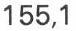
155,1